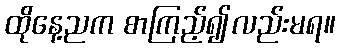
ထိုနေ့ညက စာကြည့်၍လည်းမရ။